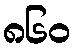
၈၆၀